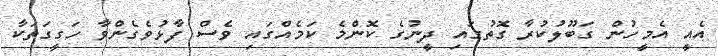
އެއީ އެމީހުން ގަބޫލުކުރާ ގޮތުގައި ދީނުގެ ކޮންމެ ކަމެއްގައި ވެސް ފާޅުވެގެންވާ ހަގީގަތަކާ